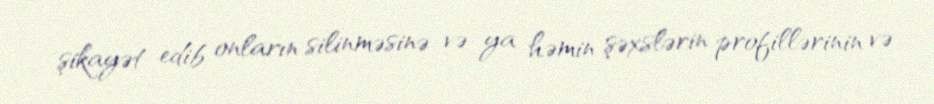
şikayət edib onların silinməsinə və ya həmin şəxslərin profillərinin və